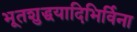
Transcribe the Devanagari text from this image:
भूतशुद्धयादिभिर्विना